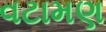
વટામણ